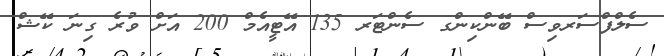
ސެލްފްސަރވިސް ބޭންކިންގ ސެންޓަރ 135 އޭޓީއެމް 200 އަށް ވުރެ ގިނަ ކޭޝް